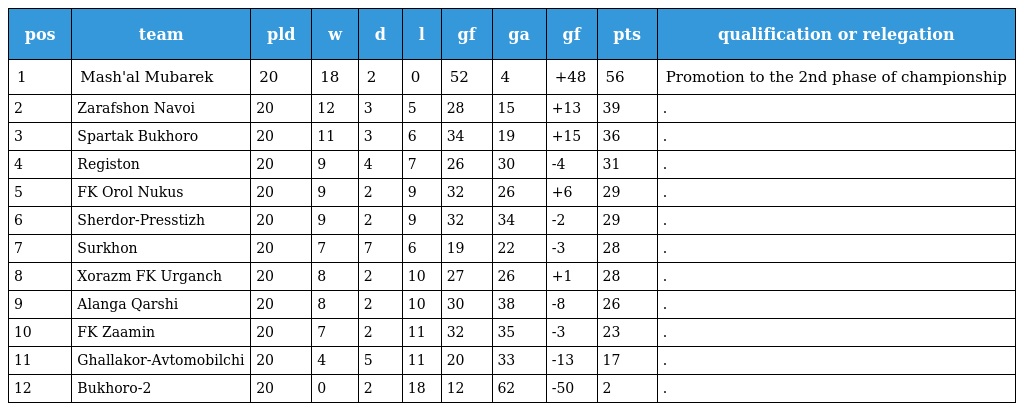
| pos | team | pld | w | d | l | gf | ga | gf | pts | qualification or relegation |
 | --- | --- | --- | --- | --- | --- | --- | --- | --- | --- | --- |
 | 1 | Mash'al Mubarek | 20 | 18 | 2 | 0 | 52 | 4 | +48 | 56 | Promotion to the 2nd phase of championship |
 | 2 | Zarafshon Navoi | 20 | 12 | 3 | 5 | 28 | 15 | +13 | 39 | . |
 | 3 | Spartak Bukhoro | 20 | 11 | 3 | 6 | 34 | 19 | +15 | 36 | . |
 | 4 | Registon | 20 | 9 | 4 | 7 | 26 | 30 | -4 | 31 | . |
 | 5 | FK Orol Nukus | 20 | 9 | 2 | 9 | 32 | 26 | +6 | 29 | . |
 | 6 | Sherdor-Presstizh | 20 | 9 | 2 | 9 | 32 | 34 | -2 | 29 | . |
 | 7 | Surkhon | 20 | 7 | 7 | 6 | 19 | 22 | -3 | 28 | . |
 | 8 | Xorazm FK Urganch | 20 | 8 | 2 | 10 | 27 | 26 | +1 | 28 | . |
 | 9 | Alanga Qarshi | 20 | 8 | 2 | 10 | 30 | 38 | -8 | 26 | . |
 | 10 | FK Zaamin | 20 | 7 | 2 | 11 | 32 | 35 | -3 | 23 | . |
 | 11 | Ghallakor-Avtomobilchi | 20 | 4 | 5 | 11 | 20 | 33 | -13 | 17 | . |
 | 12 | Bukhoro-2 | 20 | 0 | 2 | 18 | 12 | 62 | -50 | 2 | . |